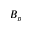
B _ { p }